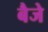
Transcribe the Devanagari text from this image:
बैजे